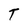
Character: T